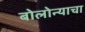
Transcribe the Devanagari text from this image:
बोलोन्याचा